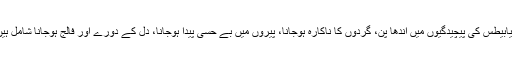
ذیابیطس کی پیچیدگیوں میں اندھا پن، گردوں کا ناکارہ ہوجانا، پیروں میں بے حسی پیدا ہوجانا، دل کے دورے اور فالج ہوجانا شامل ہیں۔